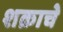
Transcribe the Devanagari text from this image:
शक्राचे